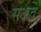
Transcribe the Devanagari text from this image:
सअद